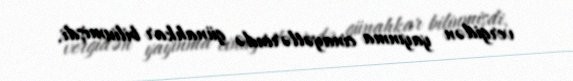
vergidən yayınma cinayətlərində günahkar bilinmişdi.